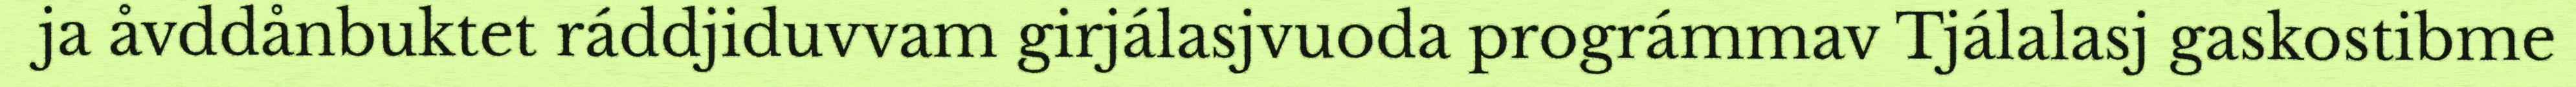
ja åvddånbuktet ráddjiduvvam girjálasjvuoda prográmmav Tjálalasj gaskostibme